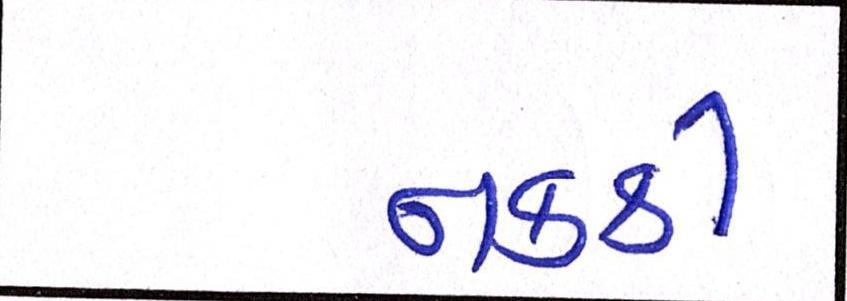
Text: નકકી